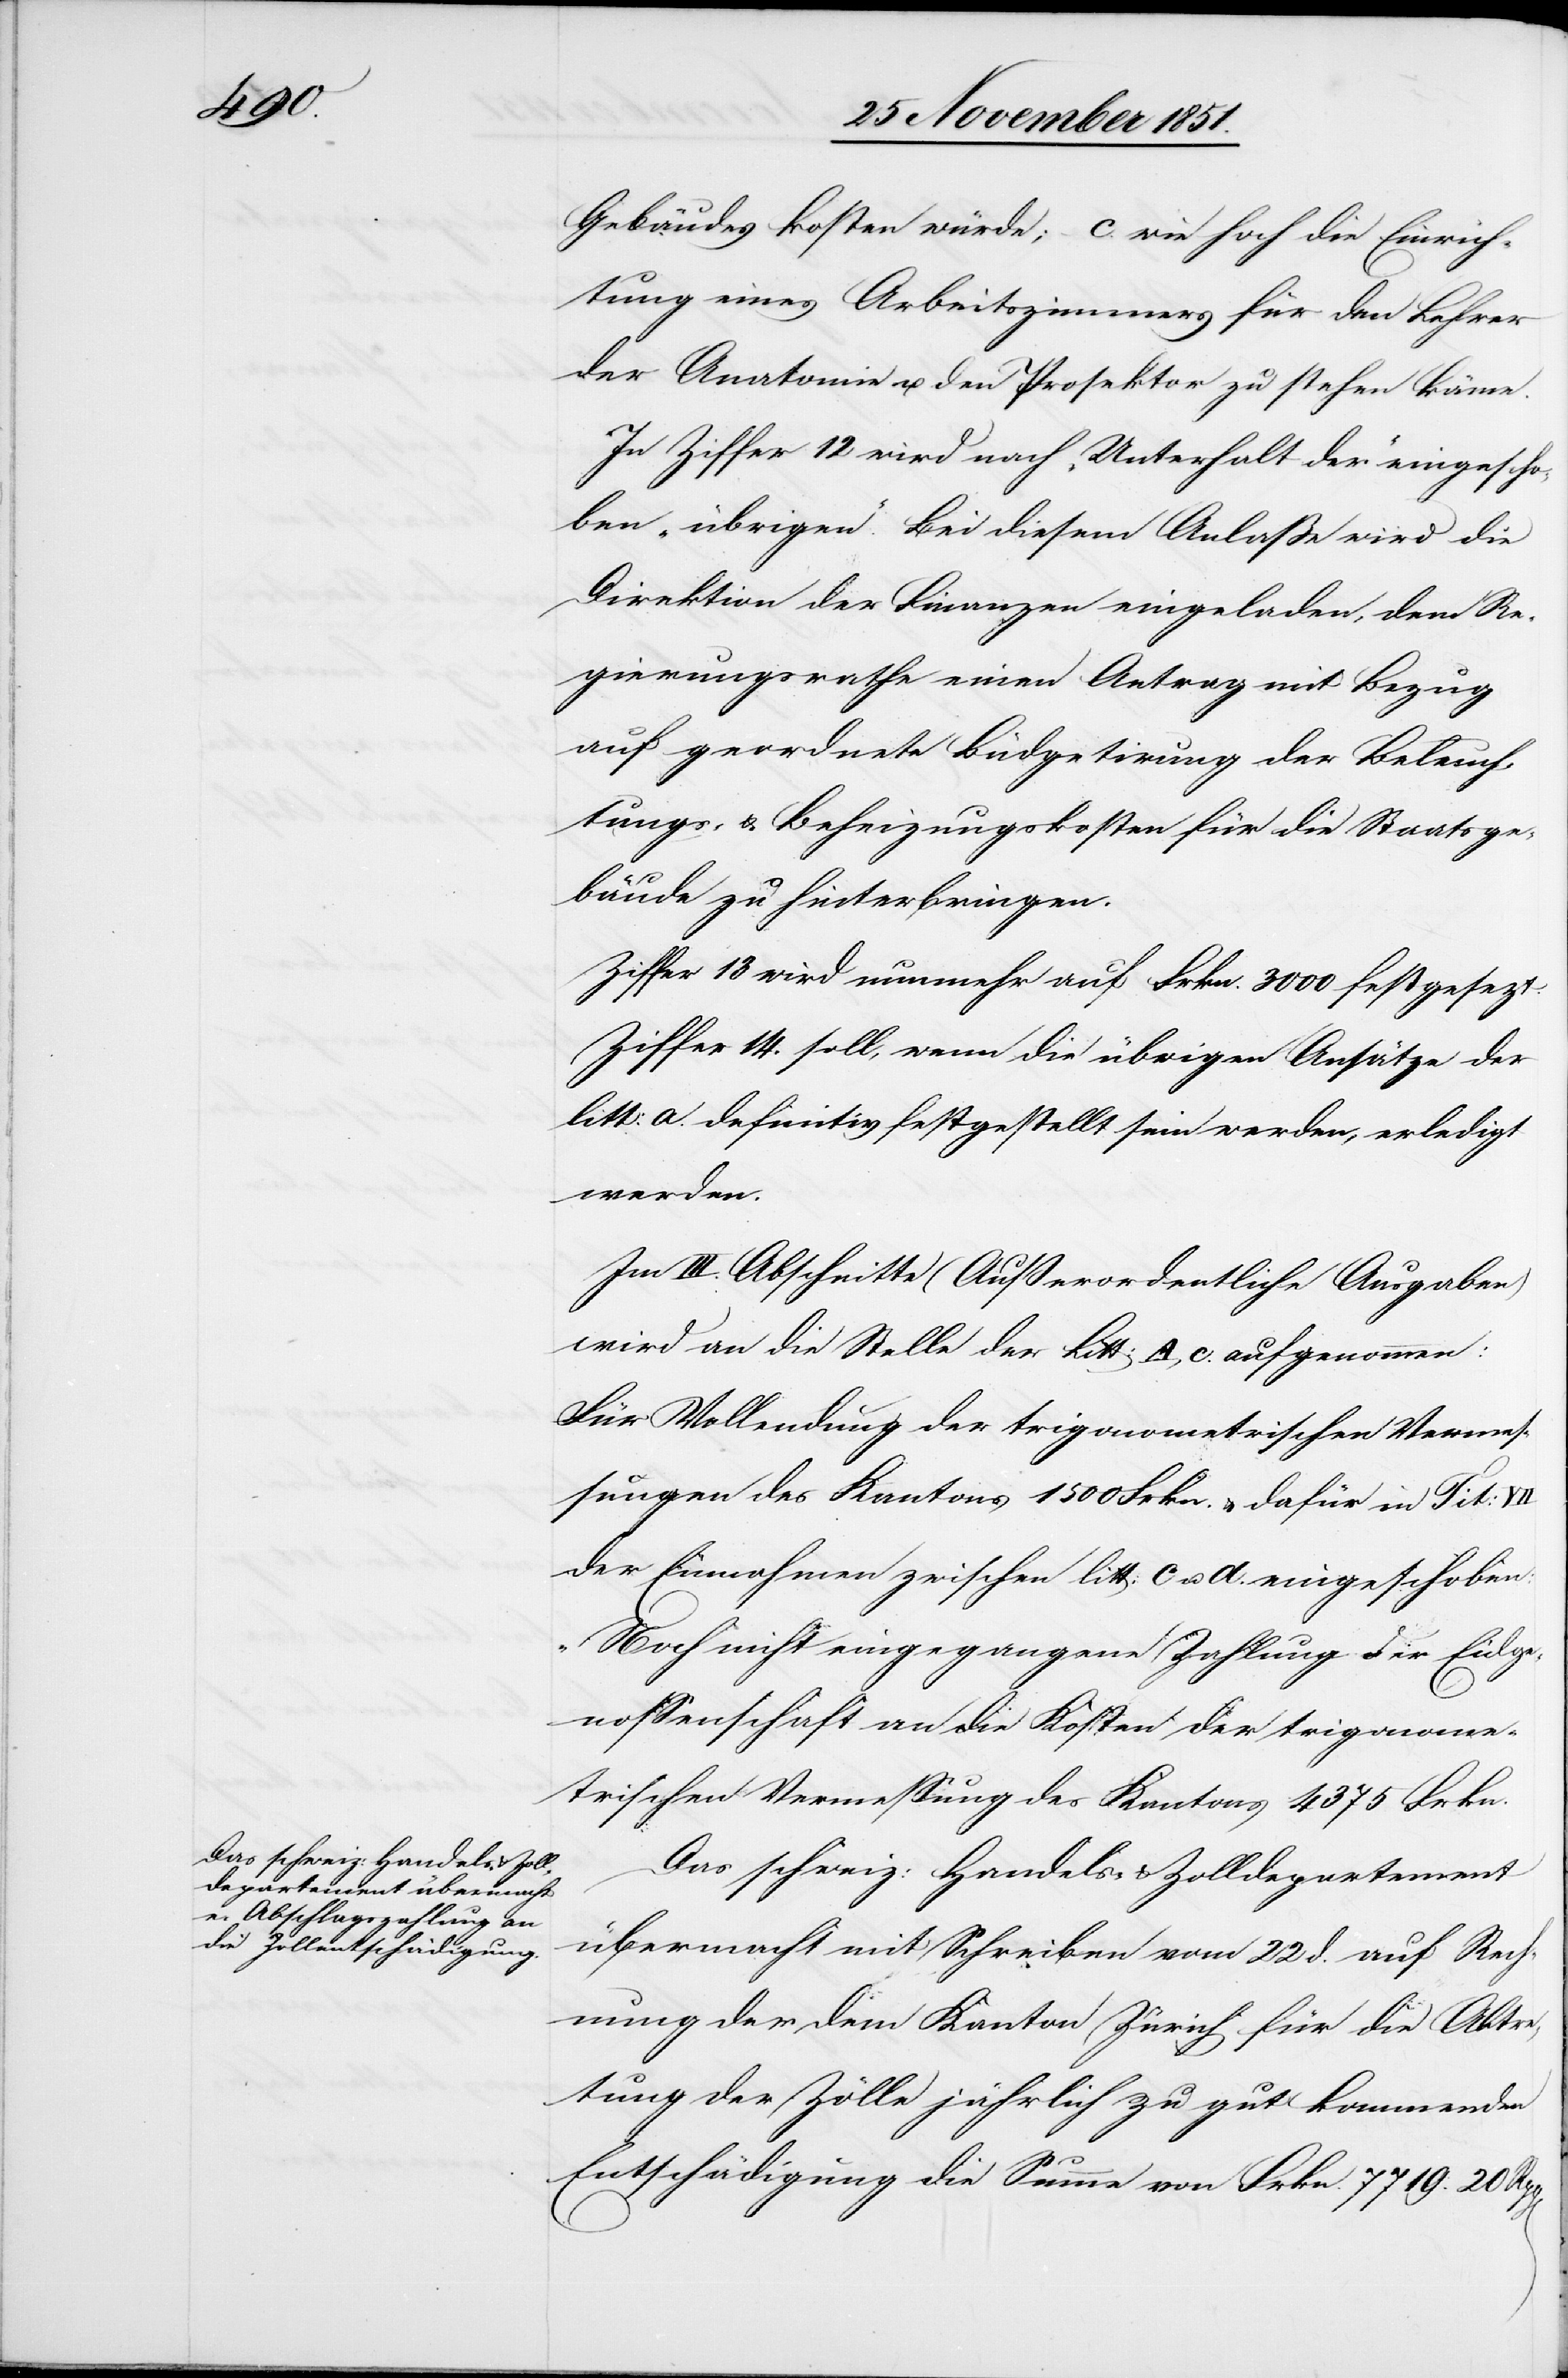
Gebäudes kosten würde; – c. wie hoch die Einrich¬
tung eines Arbeitszimmers für den Lehrer
der Anatomie u. den Prosektor zu stehen käme.
In Ziffer 12 wird nach „Unterhalt der“ eingescho¬
ben „übrigen“. Bei diesem Anlaße wird die
Direktion der Finanzen eingeladen, dem Re¬
gierungsrathe einen Antrag mit Bezug
auf geordnete Büdgetirung der Beleuch¬
tungs- & Beheizungskosten für die Staatsge¬
bäude zu hinterbringen.
Ziffer 13 wird nunmehr auf Frkn. 3000 festgese[t]zt.
Ziffer 14. soll, wenn die übrigen Ansätze der
litt: a. definitiv festgestellt sein werden, erledigt
werden.
Im III. Abschnitte (Außerordentliche Ausgaben)
wird an die Stelle der Litt: A, c. aufgenommen:
Für Vollendung der trigonometrischen Vermes¬
sungen des Kantons 1500 Frkn. & dafür in Tit:
der Einnahmen zwischen litt: c u. a. eingeschoben:
„Noch nicht eingegangene Zahlung der Eidge¬
nossenschaft an die Kosten der trigonome¬
trischen Vermessung des Kantons 4375 Frkn.[“]
Das schweiz: Handels- & Zolldepartement
übermacht mit Schreiben vom 22 d. auf Rech¬
nung der dem Kanton Zürich für die Abtre¬
tung der Zölle jährlich zu gut kommenden
Entschädigung die Summe von Frkn. 7719. 20